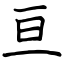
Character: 亘